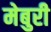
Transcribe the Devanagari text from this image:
मेबुरी